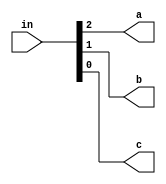
`timescale 1ns/1ns

module top_module(
    input [2:0] in,
    output a,b,c
);
assign {a,b,c}=in;
endmodule